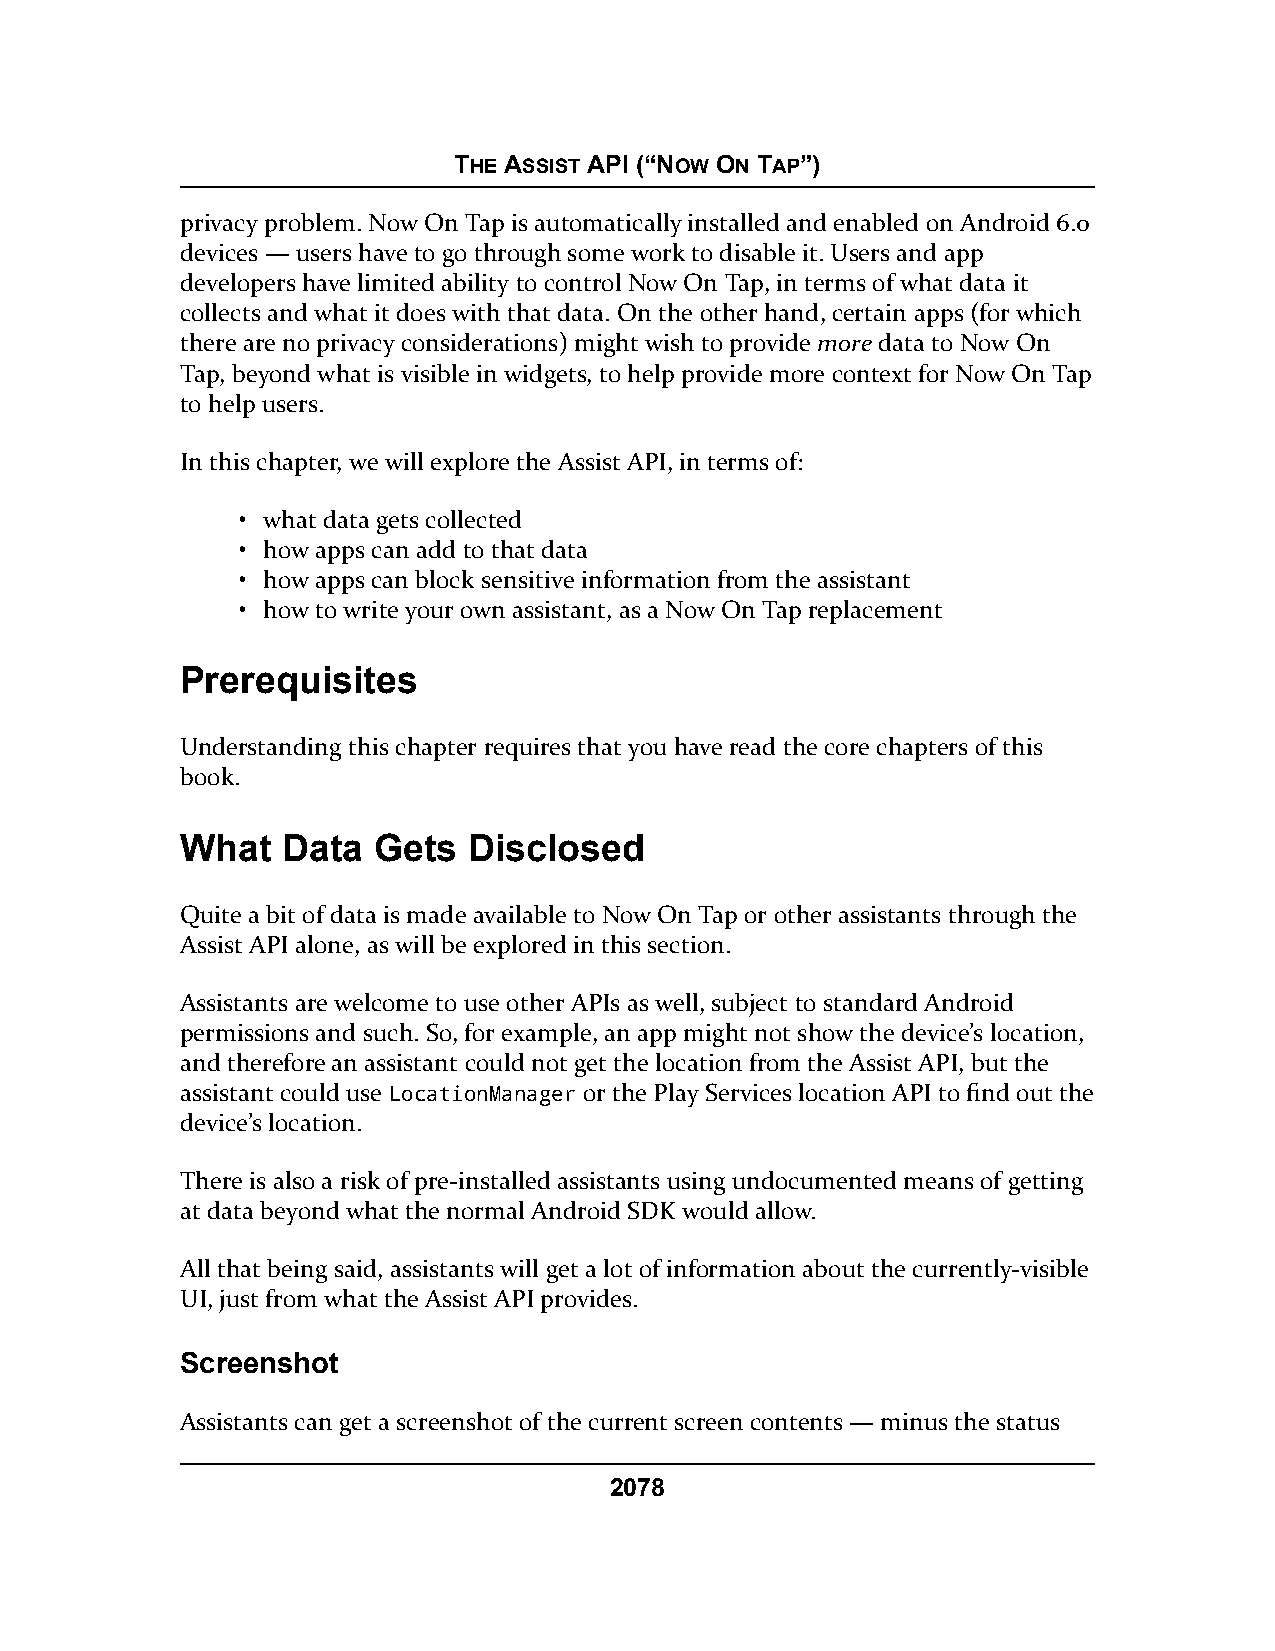
THE ASSIST API (“NOW ON TAP”)
 privacy problem. Now On Tap is automatically installed and enabled on Android 6.0
 devices — users have to go through some work to disable it. Users and app
 developers have limited ability to control Now On Tap, in terms of what data it
 collects and what it does with that data. On the other hand, certain apps (for which
 there are no privacy considerations) might wish to provide more data to Now On
 Tap, beyond what is visible in widgets, to help provide more context for Now On Tap
 to help users.
 In this chapter, we will explore the Assist API, in terms of:
 • what data gets collected
 • how apps can add to that data
 • how apps can block sensitive information from the assistant
 • how to write your own assistant, as a Now On Tap replacement
 Prerequisites
 Understanding this chapter requires that you have read the core chapters of this
 book.
 What   Data  Gets  Disclosed
 Quite a bit of data is made available to Now On Tap or other assistants through the
 Assist API alone, as will be explored in this section.
 Assistants are welcome to use other APIs as well, subject to standard Android
 permissions and such. So, for example, an app might not show the device’s location,
 and therefore an assistant could not get the location from the Assist API, but the
 assistant could use LocationManager or the Play Services location API to find out the
 device’s location.
 There is also a risk of pre-installed assistants using undocumented means of getting
 at data beyond what the normal Android SDK would allow.
 All that being said, assistants will get a lot of information about the currently-visible
 UI, just from what the Assist API provides.
 Screenshot
 Assistants can get a screenshot of the current screen contents — minus the status
 2078